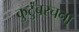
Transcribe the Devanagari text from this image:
कुटुंबरचना